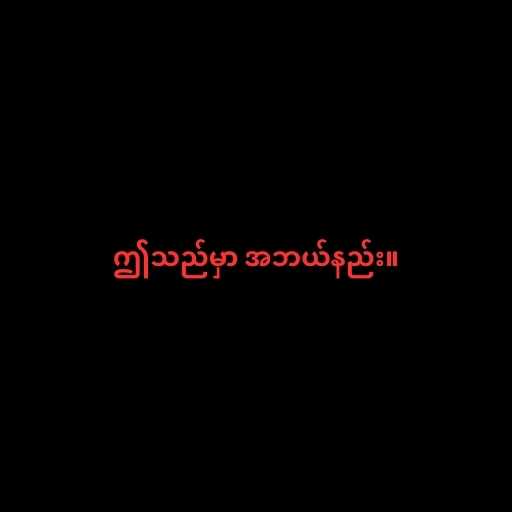
ဤသည်မှာ အဘယ်နည်း။